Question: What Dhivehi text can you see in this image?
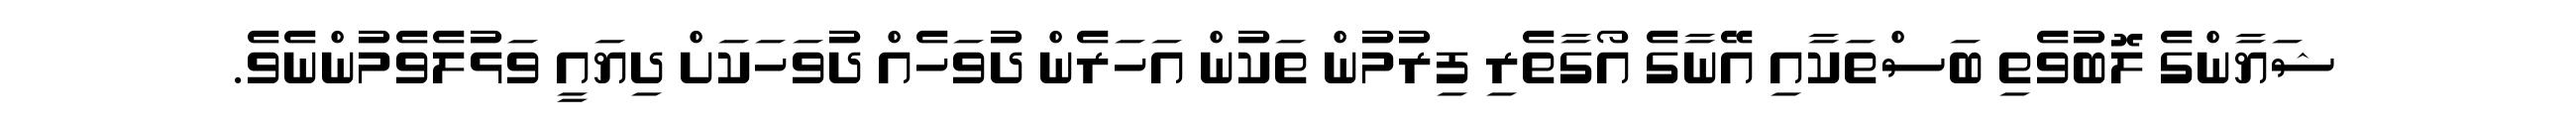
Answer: ޝަޔާންގެ ލޮބުވެތި ބަސްތަކާއި އޭނާގެ އޯގާތެރި ފިރުމުން ތަކުން އަހަރެން ދުވަހެއް ދުވަހަކަށް ދިޔައީ ވަޅުލެވެމުންނެވެ.